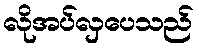
လိုအပ်လှပေသည်